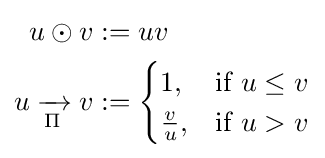
{\begin{aligned}u\odot v&:=uv\\u\mathrel {\xrightarrow[{\Pi }]{}} v&:={\begin{cases}1,&{\text{if }}u\leq v\\{\frac {v}{u}},&{\text{if }}u>v\end{cases}}\end{aligned}}